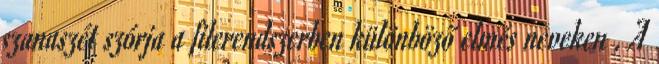
szanaszét szórja a filerendszerben különböző elmés neveken . A